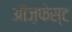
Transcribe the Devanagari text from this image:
ऑज़फेस्ट